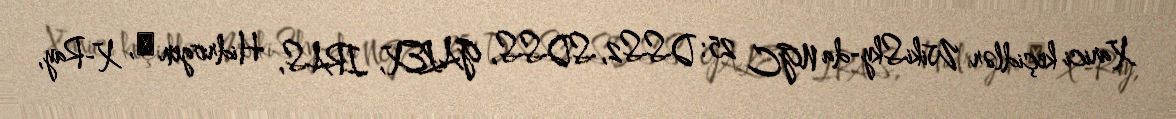
Xarici keçidlər WikiSky-da NGC 25: DSS2, SDSS, GALEX, IRAS, Hidrogen α, X-Ray,